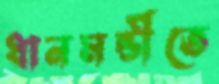
ধানমন্ডীতে